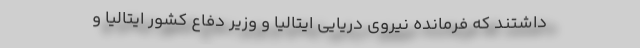
داشتند که فرمانده نیروی دریایی ایتالیا و وزیر دفاع کشور ایتالیا و